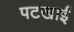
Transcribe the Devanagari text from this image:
पटखाई